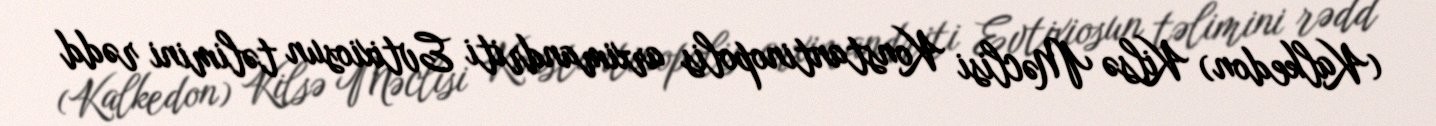
(Kalkedon) Kilsə Məclisi Konstantinopolis arximandriti Evtixiosun təlimini rədd